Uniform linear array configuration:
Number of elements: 12
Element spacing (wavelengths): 0.75
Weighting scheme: blackman
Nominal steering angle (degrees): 0
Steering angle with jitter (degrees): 0.5881
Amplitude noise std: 0.05
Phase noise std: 0.05

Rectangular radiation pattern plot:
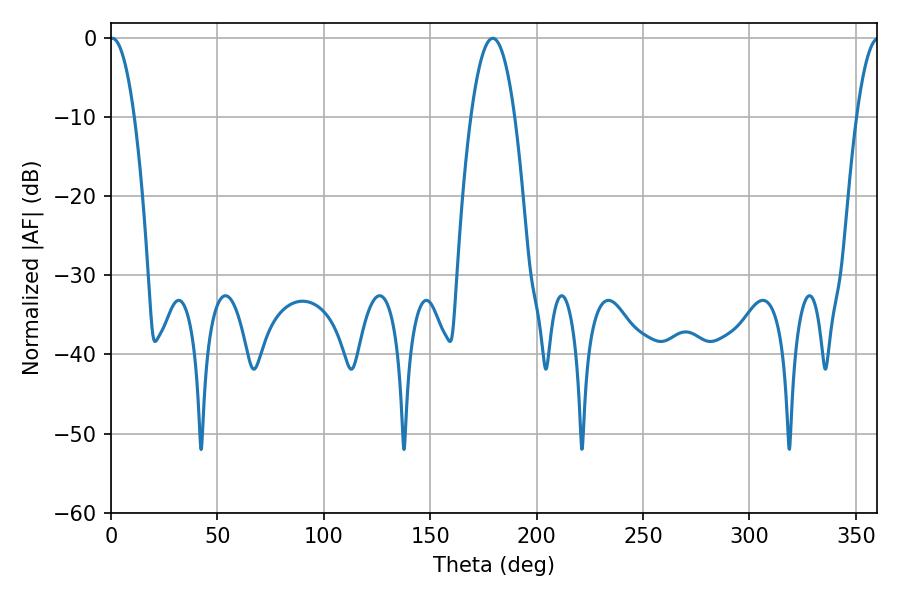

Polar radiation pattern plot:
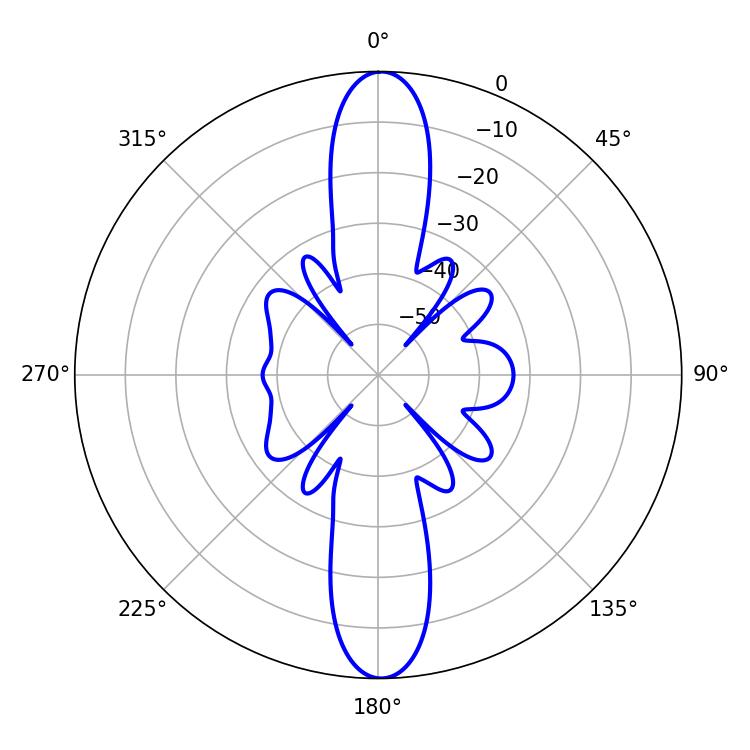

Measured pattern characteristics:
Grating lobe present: TRUE
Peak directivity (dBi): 26.379
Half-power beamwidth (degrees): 6.3
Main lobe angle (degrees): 0.54